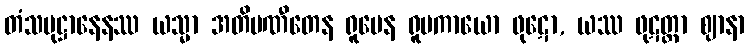
တံသမုဋ္ဌာနေနဿ ယသ္မာ အတိပဏီတေန ရူပေန ရူပကာယော ဖုဋော, ယဿ ဖုဋတ္တာ ဈာနာ